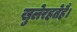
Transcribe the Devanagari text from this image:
खुलेरहतेहै।